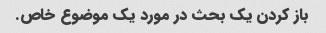
باز کردن یک بحث در مورد یک موضوع خاص.